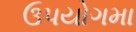
ઉપયોગમા